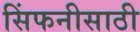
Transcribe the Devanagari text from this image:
सिंफनीसाठी